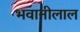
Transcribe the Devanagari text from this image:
भवानीलाल